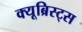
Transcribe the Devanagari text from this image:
क्यूब्रिस्ट्स